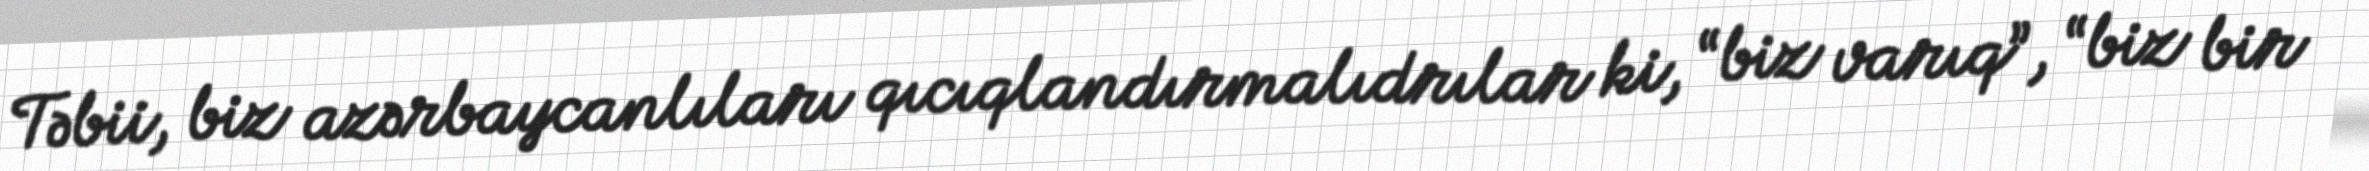
Təbii, biz azərbaycanlıları qıcıqlandırmalıdrılar ki, “biz varıq”, “biz bir